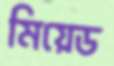
মিয়েড